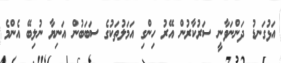
އަޅުގަނޑު ދަންނަވާނީ ސަރުކާރުން އޭރު ހިންގި އަމަލުތަކުގެ ސަބަބުން އަނިޔާ ނުލިބޭ އެންމެ